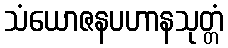
သံယောဇနပဟာနသုတ္တံ